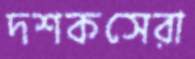
দশকসেরা